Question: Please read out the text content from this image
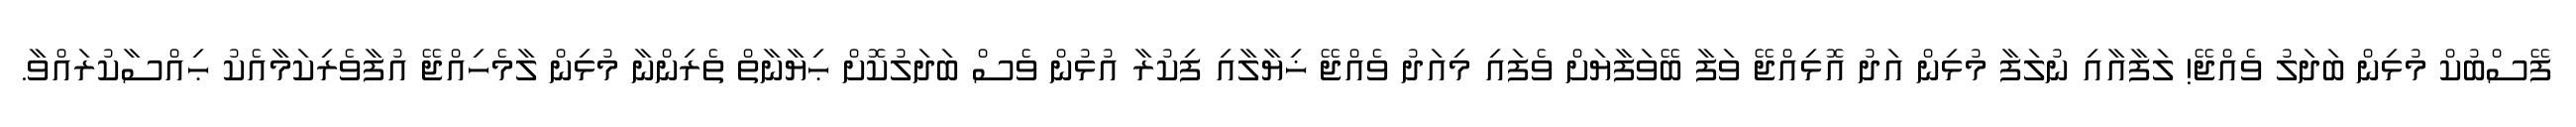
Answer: ފޭސްބުކް މުޅިން ބަދަލު ވެއްޖޭ! ލަފާއާއި ނުލަފާ މުޅިން އަދު އޮޅިއްޖޭ ވަފާ ބޭވަފާޔަށް ވެފައި މިއަދު ވެއްޖޭ ޚިޔާލާއި ފިކުރާ އުޅުން ވެސް ބަދަލުކޮށް ޙިޔާނާތް ތެރިންނާ މުޅިން ލާމެހިއްޖޭ އުފާވެރިކަމާއެކު ޙިއްސާކުރައްވާ.